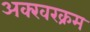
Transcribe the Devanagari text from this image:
अक्खरक्रम